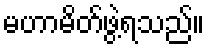
မဟာမိတ်ဖွဲ့ရသည်။